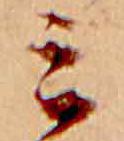
ミ